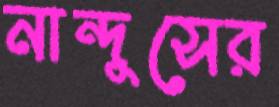
নান্দুসের